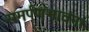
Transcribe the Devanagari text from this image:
समर्पणभावना